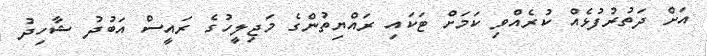
އަށް ދަތުރުފުޅެއް ކުރެއްވި ކަމަށް ޓަކައި ރައްޔިތުންގެ މަޖިލީހުގެ ރައީސް އަބުދު ޝާހިދު